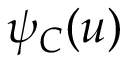
\psi _ { C } ( u )